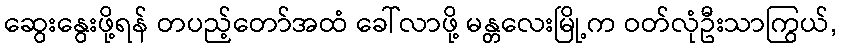
ဆွေးနွေးဖို့ရန် တပည့်တော်အထံ ခေါ်လာဖို့ မန္တလေးမြို့က ဝတ်လုံဦးသာကြွယ်,